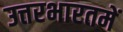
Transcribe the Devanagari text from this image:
उत्तरभारतमें